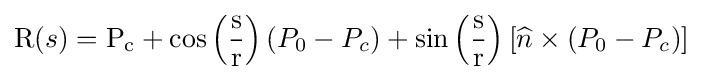
\mathrm {R} (s)=\mathrm {P_{c}} +\cos \left({\frac {\mathrm {s} }{\mathrm {r} }}\right)(P_{0}-P_{c})+\sin \left({\frac {\mathrm {s} }{\mathrm {r} }}\right)\left[{\widehat {n}}\times (P_{0}-P_{c})\right]